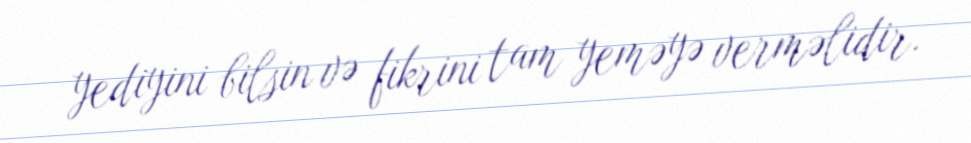
yediyini bilsin və fikrini tam yeməyə verməlidir.